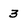
Character: 3